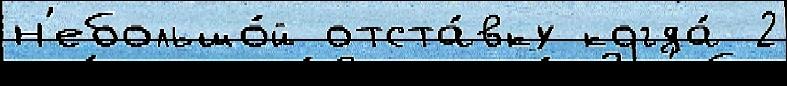
н'ебольшо́й отста́вку когда́ 2